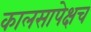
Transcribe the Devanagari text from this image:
कालसापेक्षच